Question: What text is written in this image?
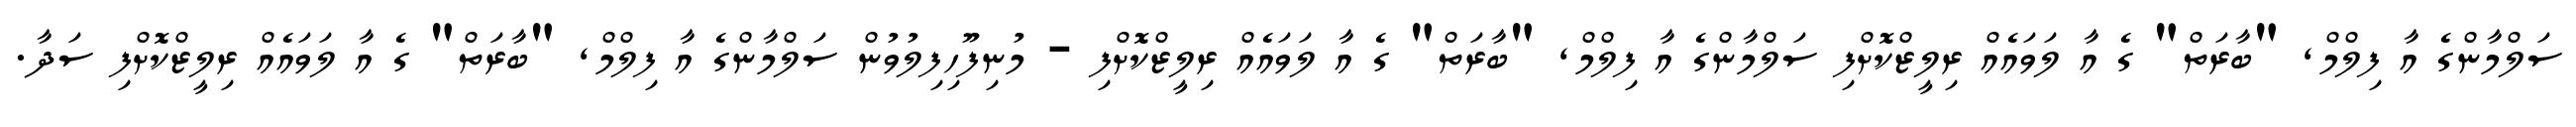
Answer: ސަލްމާންގެ އާ ފިލްމް, "ބާރަތް" ގެ އާ ލަވައެއް ރިލީޒްކޮށްފި ސަލްމާންގެ އާ ފިލްމް, "ބާރަތް" ގެ އާ ލަވައެއް ރިލީޒްކޮށްފި - މުނިފޫހިފިލުވުން ސަލްމާންގެ އާ ފިލްމް, "ބާރަތް" ގެ އާ ލަވައެއް ރިލީޒްކޮށްފި ސަދާ.